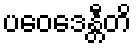
ပဝေဒေန္တီတိ